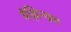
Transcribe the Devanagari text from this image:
बेल्लिन्ग्हम